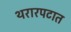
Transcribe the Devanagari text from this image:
थरारपटात